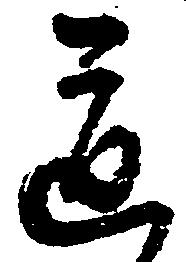
道